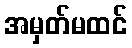
အမှတ်မထင်